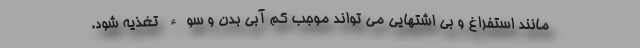
مانند استفراغ و بی اشتهایی می تواند موجب کم آبی بدن و سوء تغذیه شود.